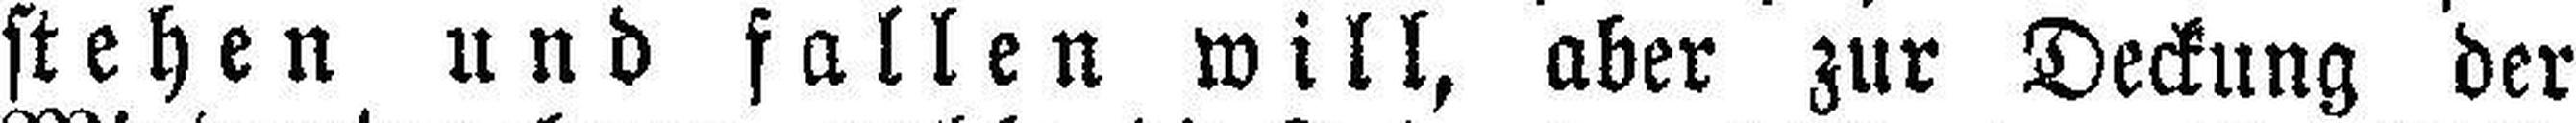
stehen und fallen will, aber zur Deckung der